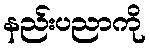
နည်းပညာကို